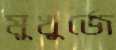
মুখুর্জে